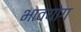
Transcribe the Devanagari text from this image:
भावयोग